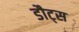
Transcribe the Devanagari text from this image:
डौट्स